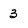
Character: 3